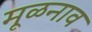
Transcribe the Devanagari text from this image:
मूळनाव